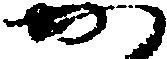
か